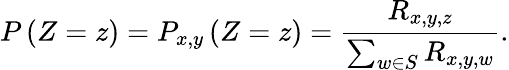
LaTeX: P\left(Z=z\right)=P_{x,y}\left(Z=z\right)=\frac{R_{x,y,z}}{\sum_{w\in S}R_{x,y,w}}.